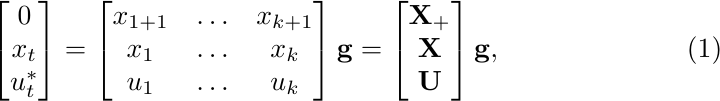
\begin{equation}
\label{one-step-zero}
\begin{bmatrix} 0\\  x_t\\ u^*_t\\\end{bmatrix}=\begin{bmatrix} x_{1+1} & \hdots & x_{k+1} \\  x_1 & \hdots & x_k\\ u_1 & \hdots & u_k\\\end{bmatrix} \mathbf{g}=\begin{bmatrix} \mathbf{X}_+\\  \mathbf{X}\\ \mathbf{U}\\\end{bmatrix} \mathbf{g},
\end{equation}